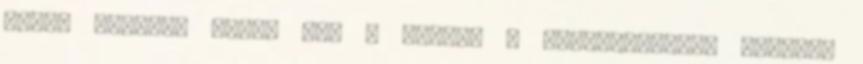
volna tovább. Akkor még a szócső a rendszerváltó elitnél